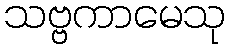
သဗ္ဗကာမေသု